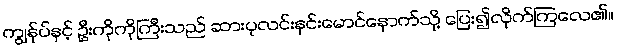
ကျွန်ုပ်နှင့် ဦးကိုကိုကြီးသည် ဆားပုလင်းနှင်းမောင်နောက်သို့ ပြေး၍လိုက်ကြလေ၏။